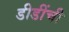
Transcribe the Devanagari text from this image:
डीडींची